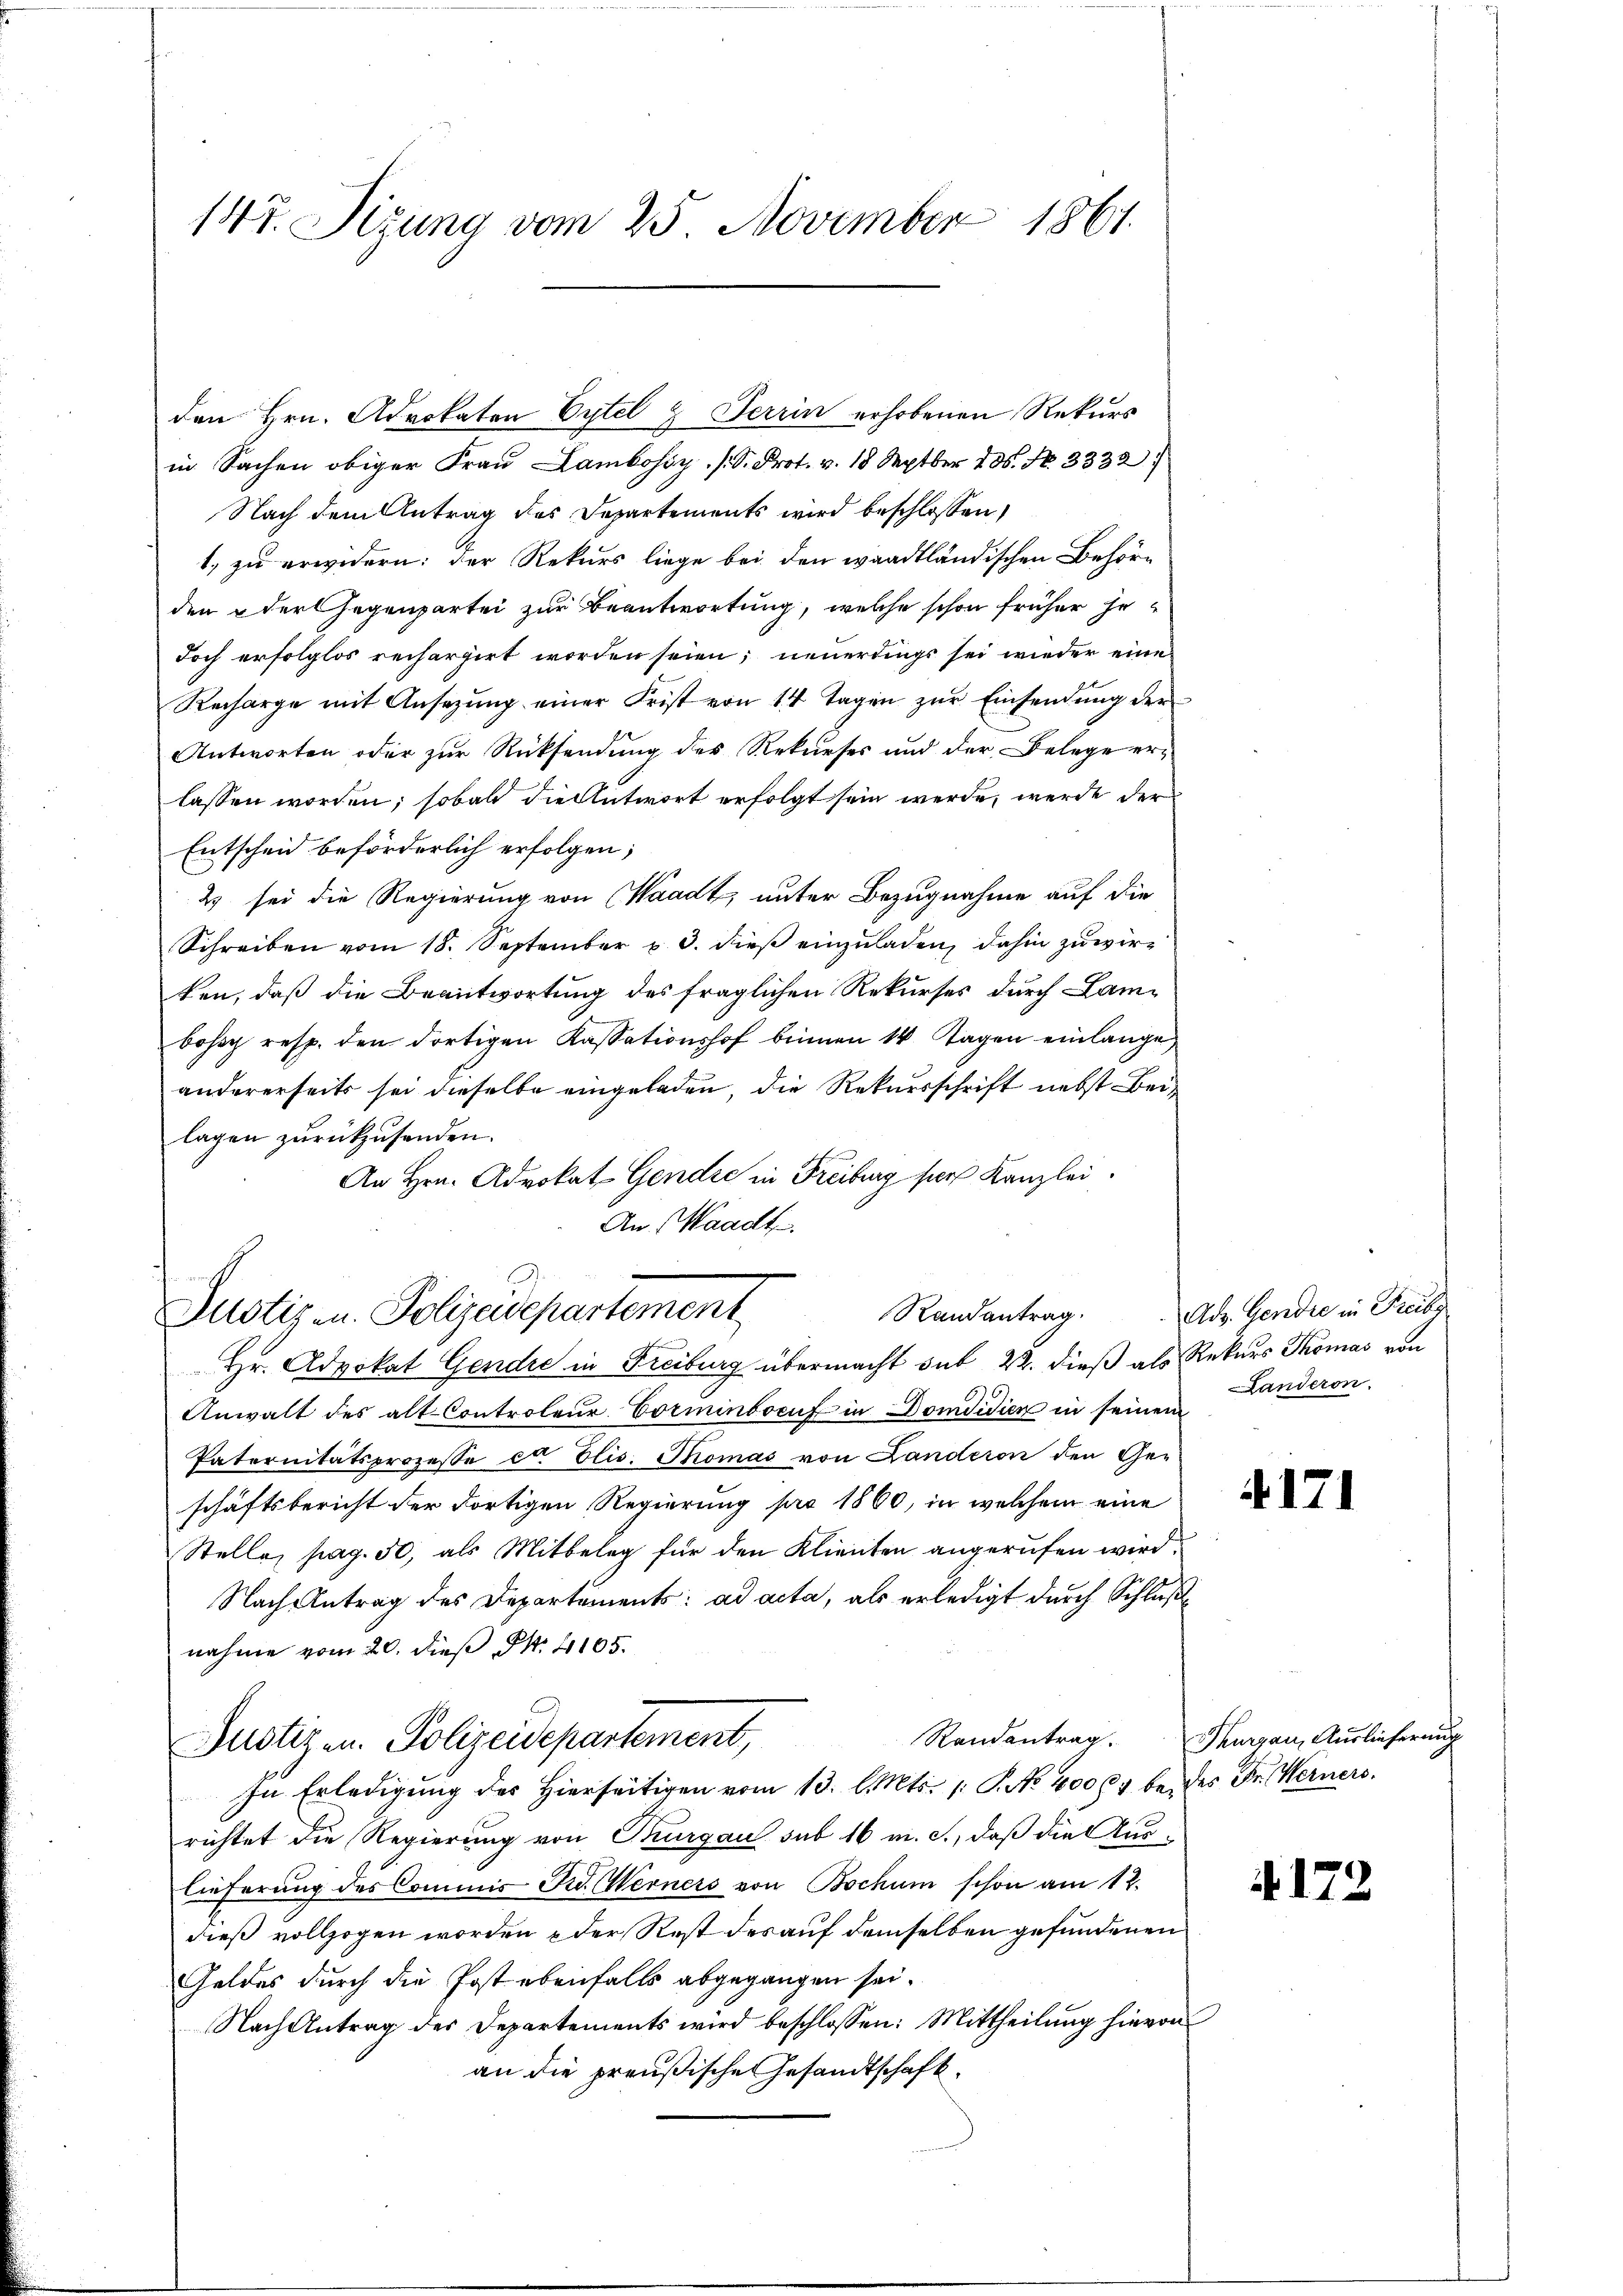
147. Sizung vom 25. November 1861.

in Sachen obiger Frau Lambossy. [S. Prot. v. 18 Septber 186. No. 3332
Nach dem Antrag des Departements wird beschlossen,
1. zu erwidern: der Rekurs liege bei den waadtländischen Behörden & der Gegenpartei zur Beantwortung, welche schon früher jedoch erfolglos rechargirt worden seien; neuerdings sei wieder eine
Recharge mit Ansezung einer Frist von 14 Tagen zur Einsendung der
Antworten oder zur Rücksendung des Rekurses und der Belege erlassen worden; sobald die Antwort erfolgt sein werde, werde der
Entscheid beförderlich erfolgen;
2 sei die Regierung von Waadt, unter Bezugnahme auf die
Schreiben vom 18. September u. 3. dieß einzuladen, dahin zuwirken, daß die Beantwortung des fraglichen Rekurses durch Lambohe resp. den dortigen Kassationshof binnen 14 Tagen einlange
andererseits sei dieselbe eingeladen, die Rekursschrift nebst Beilagen zurückzusenden.
An Hrn. Advokat-Gendre in Freiburg per Kanzlei.
An Waadt.

den Hrn. Advokaten Cytel & Terrin erhobenen Rekurs

Justiz- u. Polizeidepartement

Hr. Advokat Gendre in Freiburg übermacht sub 22. dieß als Rekurs Thomas von
Anwalt des alt Controleur Vorminbocuf in Domdidien in seinem
Paternitätsprozesse er Elis. Thomas von Landeron den Geschäftsbericht der dortigen Regierung pro 1860, in welchem eine
Stelle, pag. 50, als Mitbeleg für den Klienten angerufen wird.
Nach Antrag des Departements: ad acta, als erledigt durch Schlußnahme vom 20. dieβ Pkt. 4105.
Randantrag. Thurgau, Auslieferung
Justizen Polizeidepartement,
In Erledigung des Hierseitigen vom 13. l. Mts. /: P. No 400 l. beides Dr. Werners.
richtet die Regierung von Thurgau sub 16 m. c., daß die Aus-
lieferung des Commis Rud. Werners von Bochum schon am 12.
dieß vollzogen worden & der Rest des auf demselben gefundenen
Geldes durch die Post ebenfalls abgegangen sei.
Nach Antrag des Departements wird beschlossen: Mittheilung hievon
an die preußische Gesandtschaft.

Randantrag. Ad. Gendre in Freibe
Landeron

171

4172